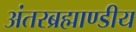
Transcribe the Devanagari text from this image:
अंतरब्रह्माण्डीय